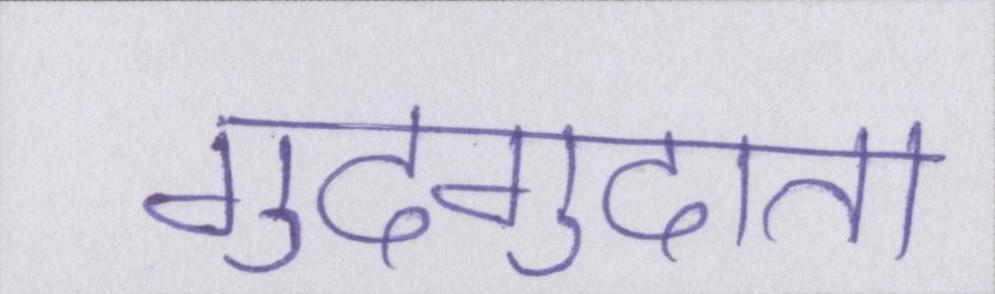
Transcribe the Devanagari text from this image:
गुदगुदाता